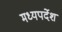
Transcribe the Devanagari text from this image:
मध्यपर्देश